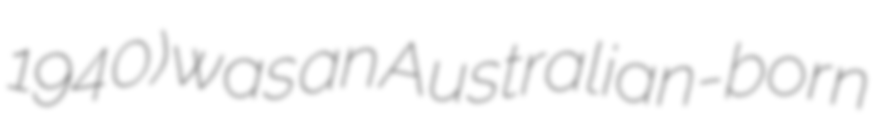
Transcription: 1940) was an Australian-born